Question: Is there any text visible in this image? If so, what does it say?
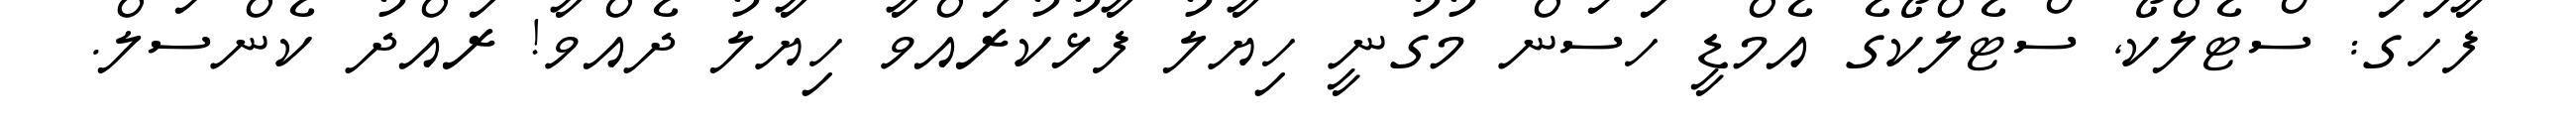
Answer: ފާހަގަ: ސްޓެލްކޯ, ސްޓެލްކޯގެ އެމްޑީ ހަސަން މުގުނީ ހިޔާލު ފާޅުކުރައްވާ ހިޔާލު ދެއްވާ! ރައްދު ކެންސަލް.